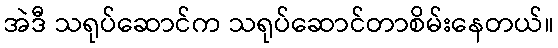
အဲဒီ သရုပ်ဆောင်က သရုပ်ဆောင်တာစိမ်းနေတယ်။